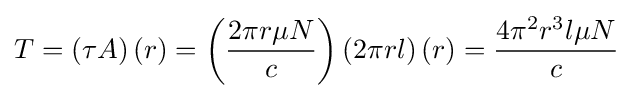
T=\left(\tau A\right)\left(r\right)=\left({\frac {2\pi r\mu N}{c}}\right)\left(2\pi rl\right)\left(r\right)={\frac {4\pi ^{2}r^{3}l\mu N}{c}}